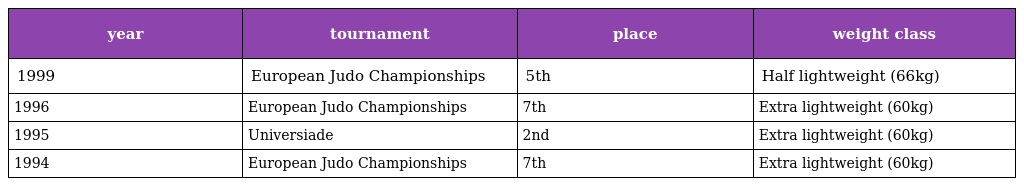
| year | tournament | place | weight class |
 | --- | --- | --- | --- |
 | 1999 | European Judo Championships | 5th | Half lightweight (66kg) |
 | 1996 | European Judo Championships | 7th | Extra lightweight (60kg) |
 | 1995 | Universiade | 2nd | Extra lightweight (60kg) |
 | 1994 | European Judo Championships | 7th | Extra lightweight (60kg) |